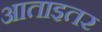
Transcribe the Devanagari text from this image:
आताइतर